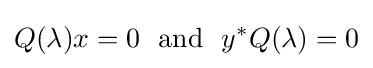
Q(\lambda )x=0~{\text{ and }}~y^{\ast }Q(\lambda )=0